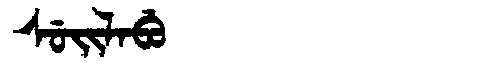
Manchu: ᠰᡠᡳᠯᠠᠪᡠ
Romanization: SUILABU